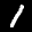
Label: 1